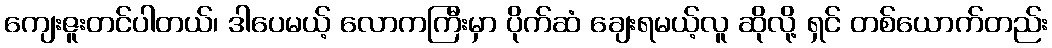
ကျေးဇူးတင်ပါတယ်၊ ဒါပေမယ့် လောကကြီးမှာ ပိုက်ဆံ ချေးရမယ့်လူ ဆိုလို့ ရှင် တစ်ယောက်တည်း